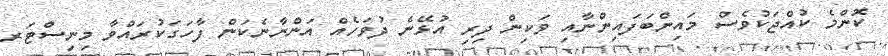
ކޮންމެ ކުއްޖަކުވެސް މައިންބަފައިންނާއި ވަކިން ދިރި އުޅޭނެ ދުވަހެއް އަންނާނެކަން ފާހަގަކުރައްވާ މިނިސްޓަރ